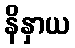
နိနှာယ